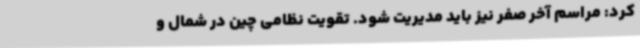
کرد: مراسم‌ آخر صفر نیز باید مدیریت شود. تقویت نظامی چین در شمال و